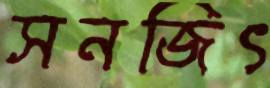
সনজিৎ